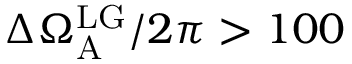
\Delta \Omega _ { \mathrm { A } } ^ { \mathrm { L G } } / 2 \pi > 1 0 0